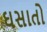
ઘસાતો